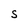
Character: S